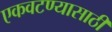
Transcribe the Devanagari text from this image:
एकवटण्यासाठी